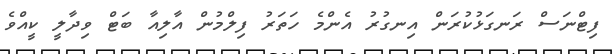
ފިޓްނަސް ރަނގަޅުކުރަން އިނގުރު އެންމެ ހަތަރު ފިލްމުން އާލިއާ ބަޓް ވިދާލީ ކީއްވެ